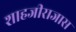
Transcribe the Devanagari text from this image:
शाहजीराजास